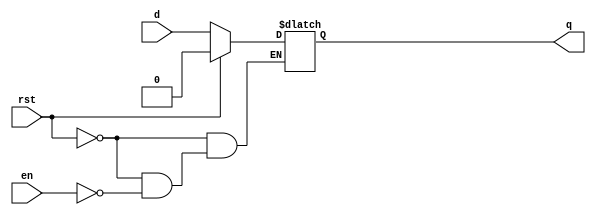
/**************************************************
P1.1 D-LATCH BEHAVIORAL WITH ASYNC RESET
************************************************/

module dlatch_bh(q,d,en,rst);

	input en,d,rst;
	output reg q;

	always@(en,q,rst)
	if(rst)
		q = 1'b0;
	else if(en) q=d;

endmodule